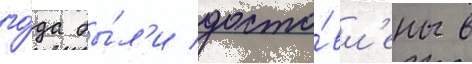
го́да бы́л'и доста́вл'ены в